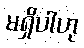
မရှိပါဟု